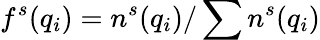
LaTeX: f^{s}(q_{i})=n^{s}(q_{i})/\sum n^{s}(q_{i})